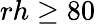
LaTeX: rh\geq 80